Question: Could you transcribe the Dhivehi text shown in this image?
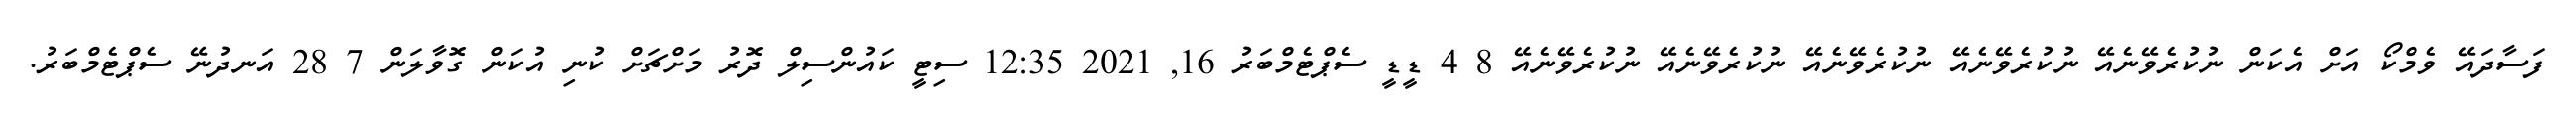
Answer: ފަސާދައޭ ވެމްކޯ އަށް އެކަން ނުކުރެވޭނެއޭ ނުކުރެވޭނެއޭ ނުކުރެވޭނެއޭ ނުކުރެވޭނެއޭ ނުކުރެވޭނެއޭ 8 4 ޑީޑީ ސެޕްޓެމްބަރު 16, 2021 12:35 ސިޓީ ކައުންސިލް ދޮރު މަށްޗަށް ކުނި އުކަން ގޮވާލަން 7 28 އަނދުނޭ ސެޕްޓެމްބަރު.